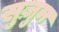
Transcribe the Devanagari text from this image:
सुज़ुम